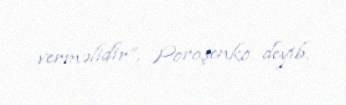
verməlidir”, Poroşenko deyib.